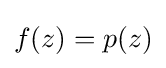
f(z)=p(z)